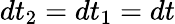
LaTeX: dt_{2}=dt_{1}=dt